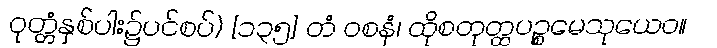
ဝုတ္တံနှစ်ပါး၌ပင်စပ်) [၁၃၅] တံ ဝစနံ၊ ထိုစတုတ္ထပဉ္စမေသုယေဝ။